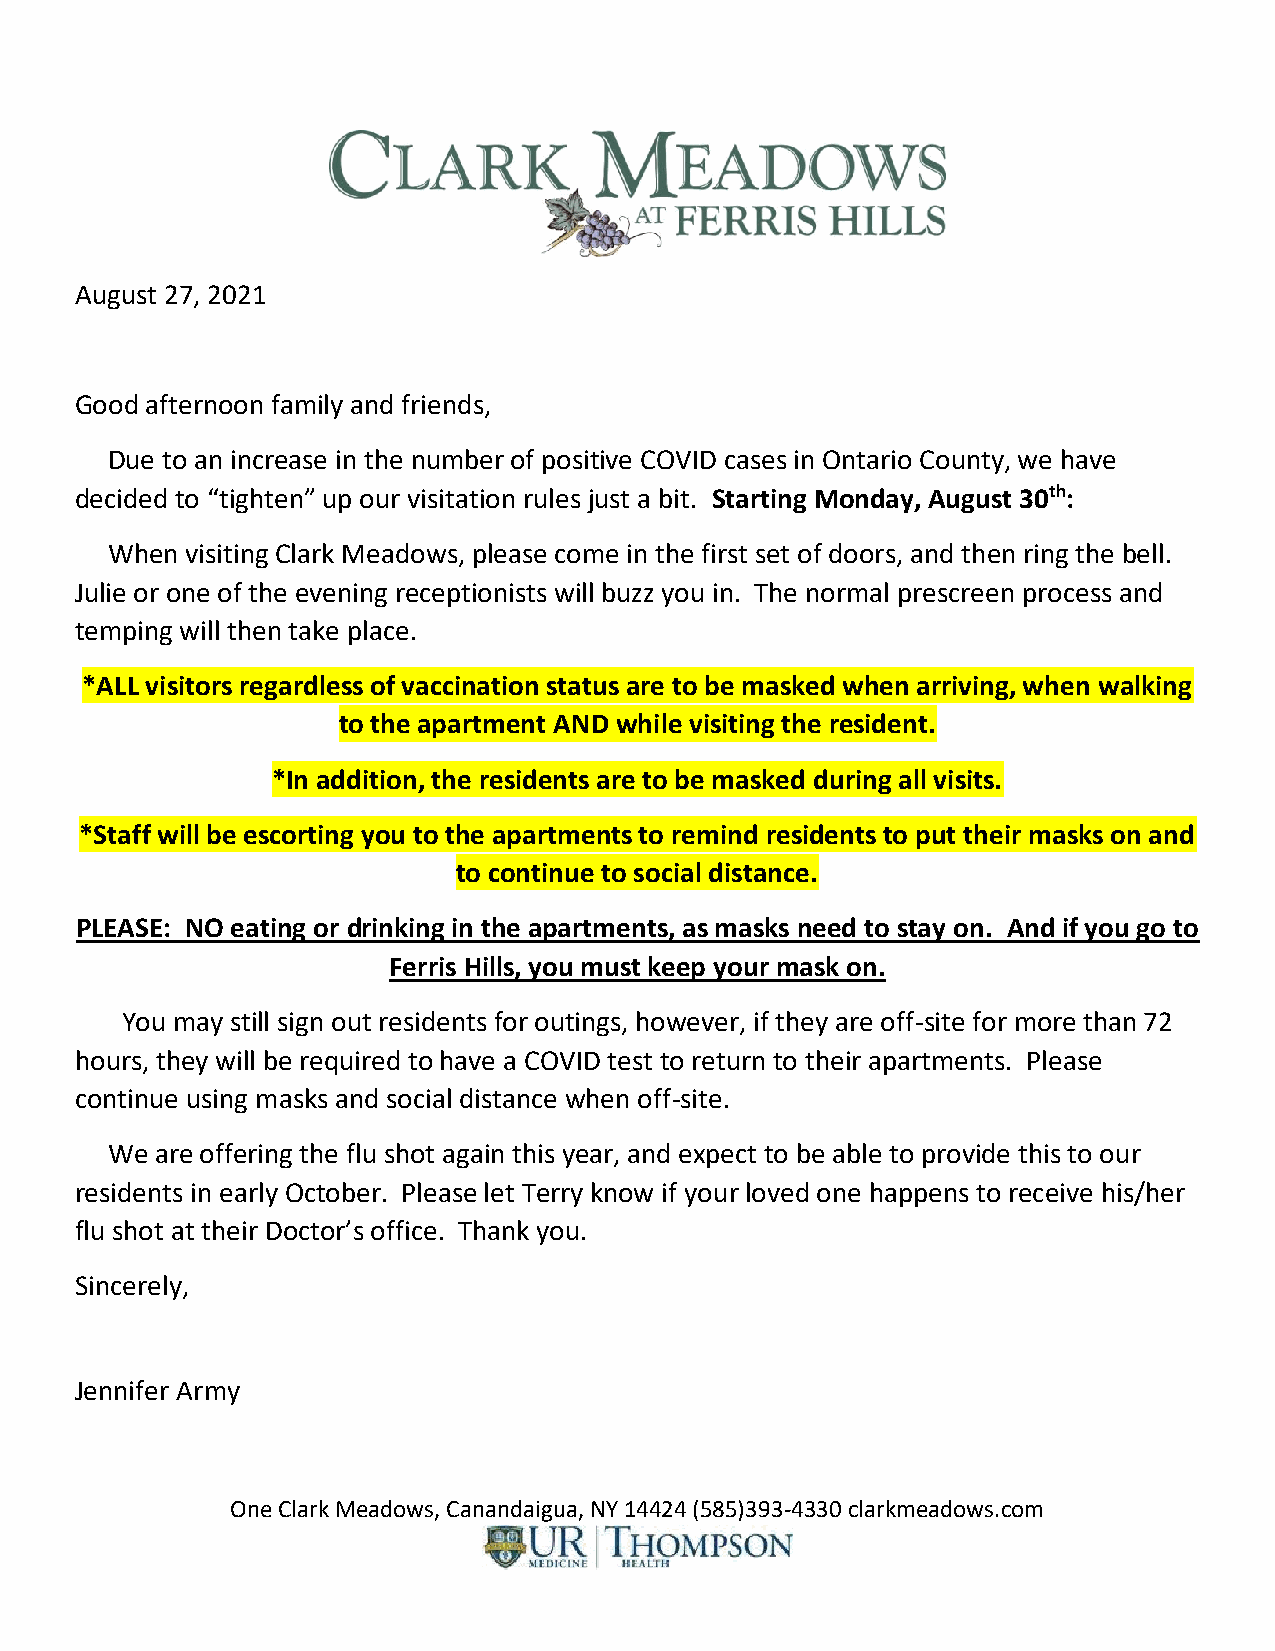
August 27, 2021
 Good afternoon family and friends,
 Due to an increase in the number of positive COVID cases in Ontario County, we have
 decided to “tighten” up our visitation rules just a bit. Starting Monday, August 30th:
 When visiting Clark Meadows, please come in the first set of doors, and then ring the bell.
 Julie or one of the evening receptionists will buzz you in. The normal prescreen process and
 temping will then take place.
 *ALL visitors regardless of vaccination status are to be masked when arriving, when walking
 to the apartment AND while visiting the resident.
 *In addition, the residents are to be masked during all visits.
 *Staff will be escorting you to the apartments to remind residents to put their masks on and
 to continue to social distance.
 PLEASE: NO eating or drinking in the apartments, as masks need to stay on. And if you go to
 Ferris Hills, you must keep your mask on.
 You may still sign out residents for outings, however, if they are off-site for more than 72
 hours, they will be required to have a COVID test to return to their apartments. Please
 continue using masks and social distance when off-site.
 We are offering the flu shot again this year, and expect to be able to provide this to our
 residents in early October. Please let Terry know if your loved one happens to receive his/her
 flu shot at their Doctor’s office. Thank you.
 Sincerely,
 Jennifer Army
 One Clark Meadows, Canandaigua, NY 14424 (585)393-4330 clarkmeadows.com